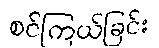
စင်ကြယ်ခြင်း